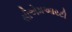
સીએમઆરટી